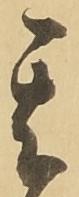
其